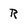
Character: R